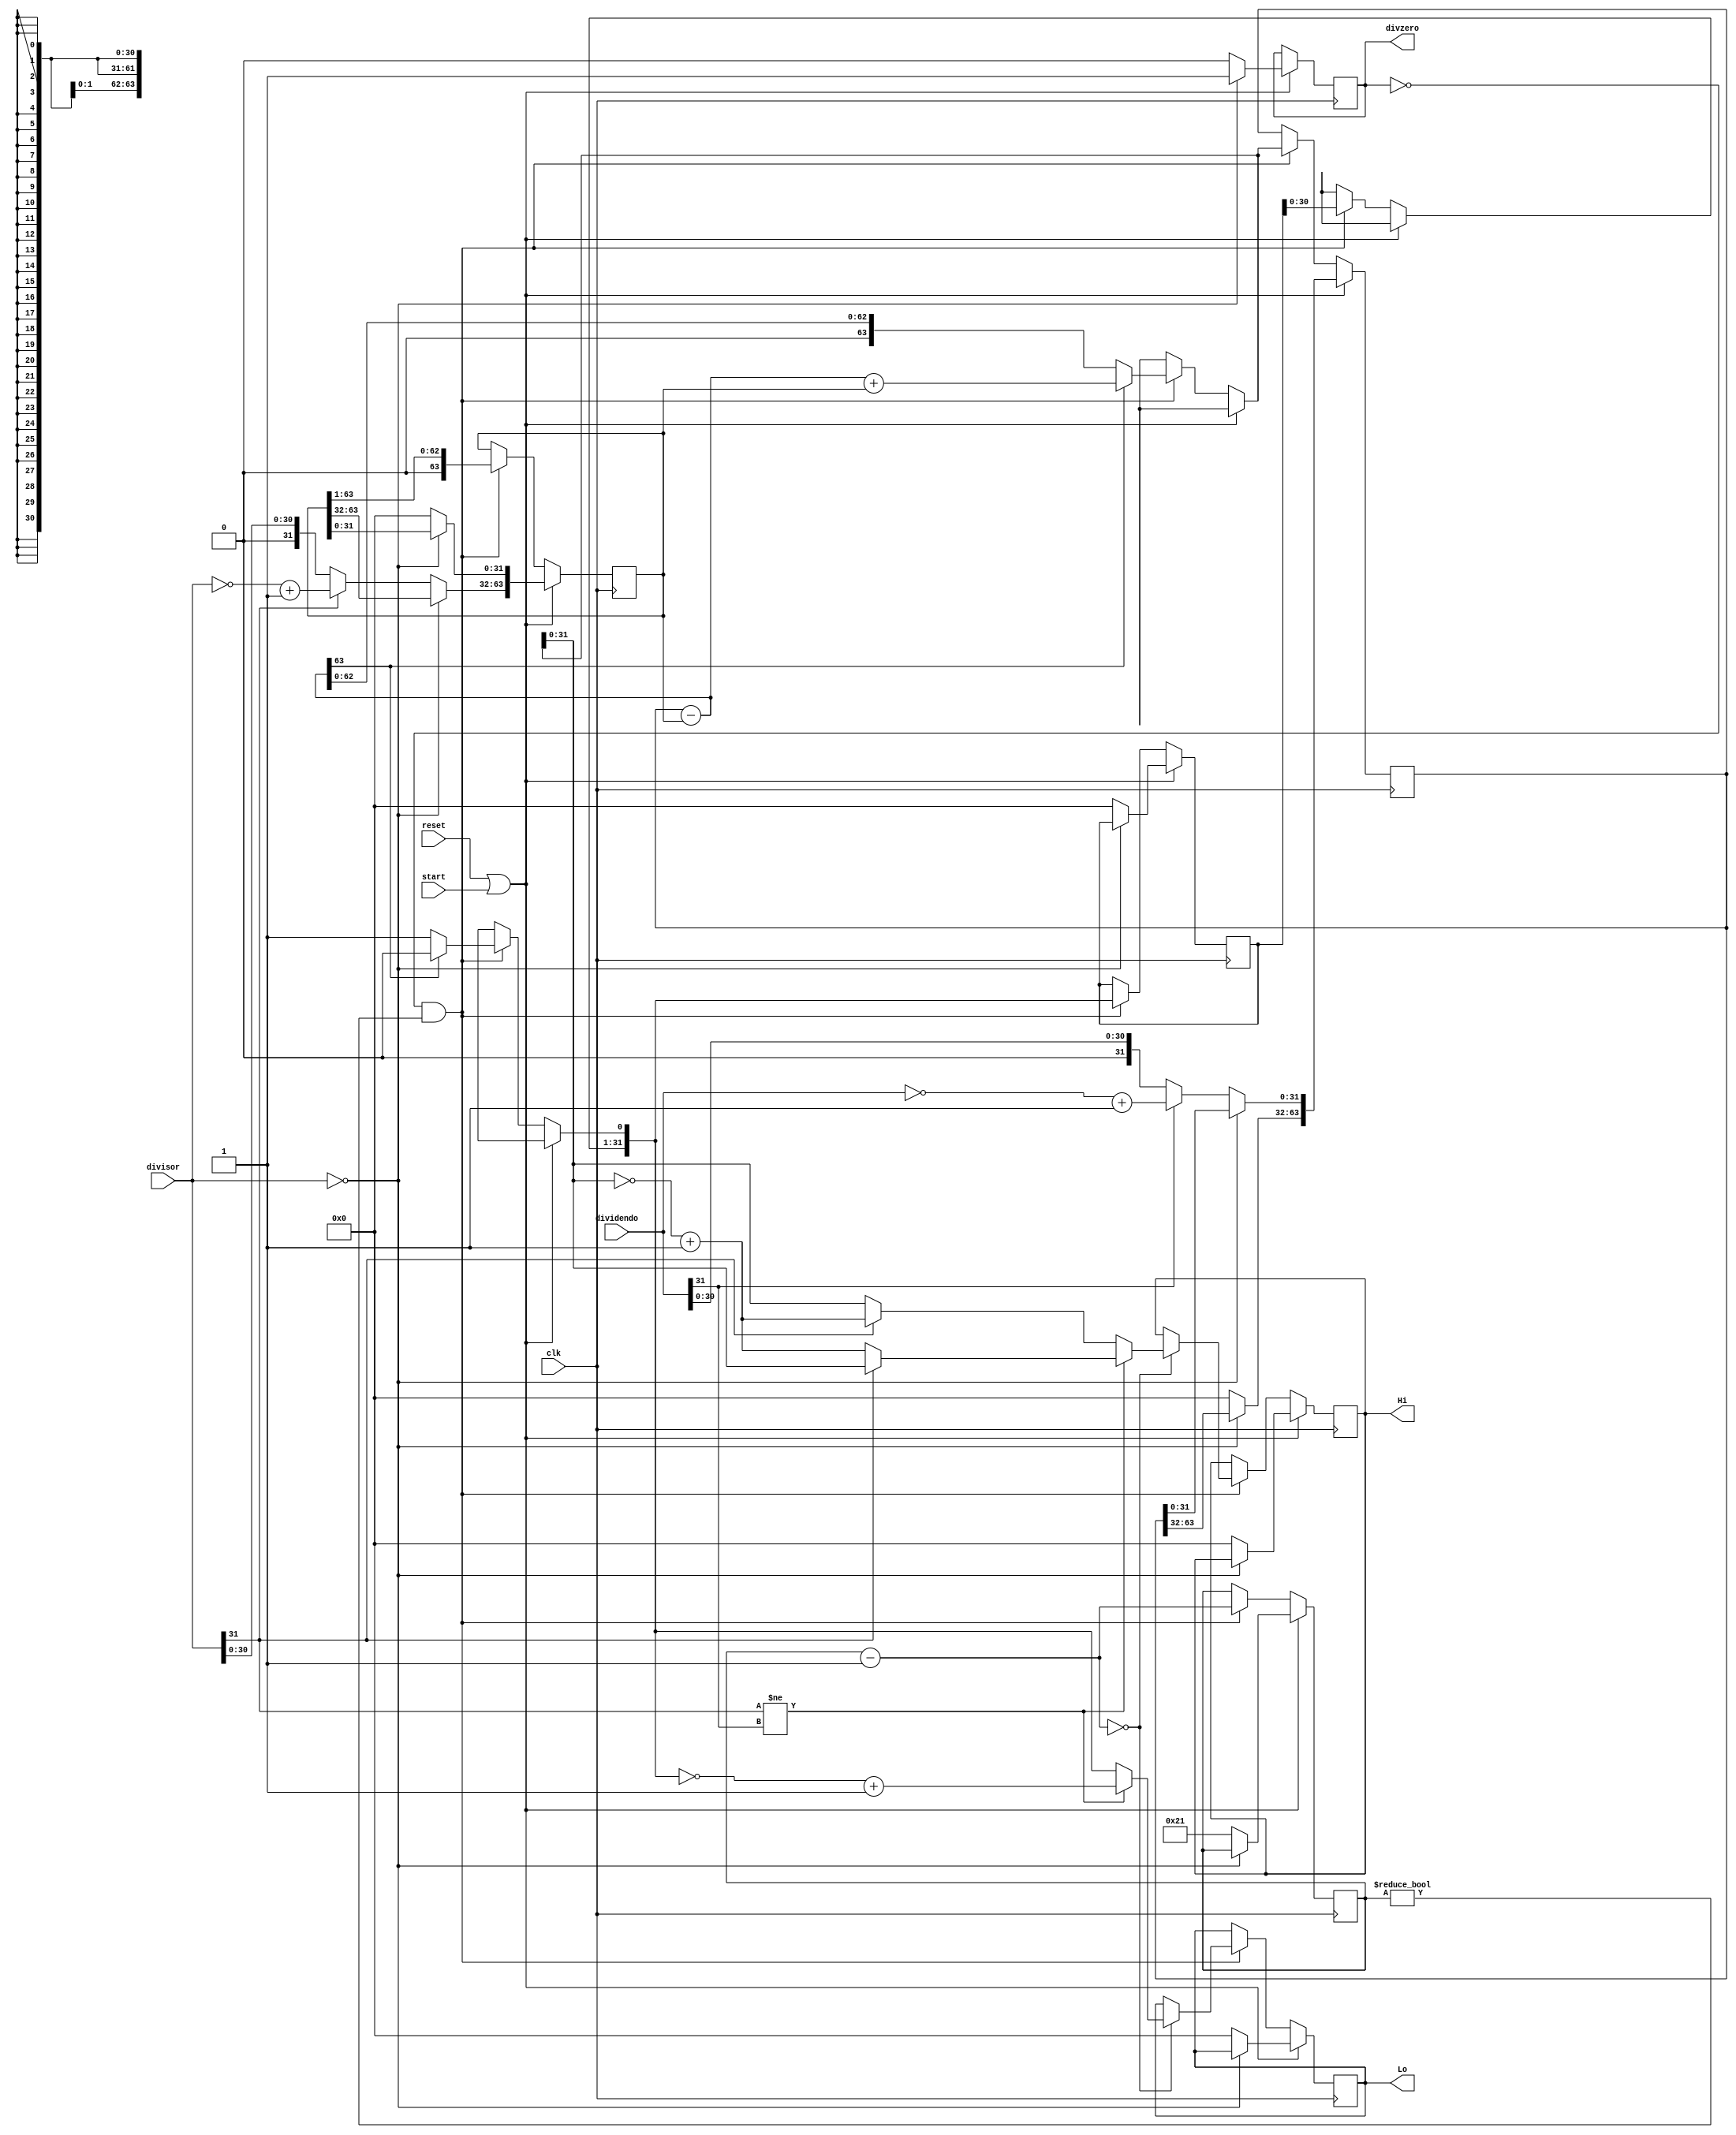
module divider (
  input wire clk, reset, start,
  input wire [31:0] dividendo,
  input wire [31:0] divisor,
  output reg divzero,
  output reg [31:0] Hi, Lo
);

  reg [63:0] div; /// ----> nas implementaes de outros grupos aqui  32 bits
  reg [63:0] resto; // aqui tbm
  reg [31:0] quociente;
  reg [5:0] counter;

  always @(posedge clk) begin
    if (reset == 1'b1 || start == 1'b1) begin
      if (divisor == 32'd0) begin // verifica se o divisor  0
        divzero = 1'b1;
        end 
      else begin

        if (dividendo[31] == 1'b1) begin
          resto[31:0] = ~dividendo + 1'b1; // se for negativo inverte o sinal (complemento de 2)
        end else begin
          resto[31:0] = dividendo;
        end
  
        if (divisor[31] == 1'b1) begin
          div[63:32] = ~divisor + 1'b1; // se for negativo inverte o sinal (complemento de 2)
        end else begin
          div[63:32] = divisor;
        end

        div[31:0] = 32'd0;
        resto[63:32] = 32'd0;
        quociente = 32'd0;
        Hi = 32'd0;
        Lo = 32'd0;
        divzero = 1'b0;
        counter = 6'd33;
        
      end
      
    end else// fim do reset/start
      if (divzero != 1'b1 && counter != 6'd0) begin
        resto = resto - div;
        
        if (resto[63] == 1'b1) begin
          resto = resto + div;
          quociente = quociente << 1'b1;
          quociente[0] = 1'b0;
        end else begin
          quociente = quociente << 1'b1;
          quociente[0] = 1'b1;
        end

        div = div >> 1'b1;

        counter = counter - 6'd1;

        if (counter == 6'd0) begin // ajuste de sinal
          if (divisor[31] != dividendo[31]) begin // divisor e quociente de sinais opostos
            if (divisor[31] == 1'b1) begin // divisor neg
              
              // dividendo pos, divisor neg, quociente neg, resto pos
              Hi = resto[31:0];
              Lo = ~quociente + 1'b1; 
            end else begin // dividendo neg
              
              // dividendo neg, divisor pos, quociente neg, resto neg
              Hi = ~resto[31:0] + 1'b1; 
              Lo = ~quociente + 1'b1; 
            end
          end else
            if (divisor[31] == 1'b1) begin // divisor e dividendo neg
              
              // dividendo neg, divisor neg, quociente pos, resto neg
              Hi = ~resto[31:0] + 1'b1;
              Lo = quociente;
          end else begin 
            // divisor pos, dividendo pos, quociente pos, resto pos
            Hi = resto[31:0];
            Lo = quociente;
        end
      end
    end
  end
endmodule